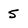
Character: 5